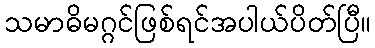
သမာဓိမဂ္ဂင်ဖြစ်ရင်အပါယ်ပိတ်ပြီ။